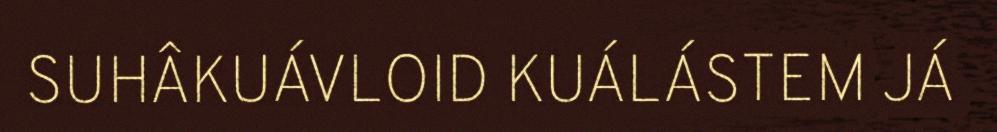
SUHÂKUÁVLOID KUÁLÁSTEM JÁ